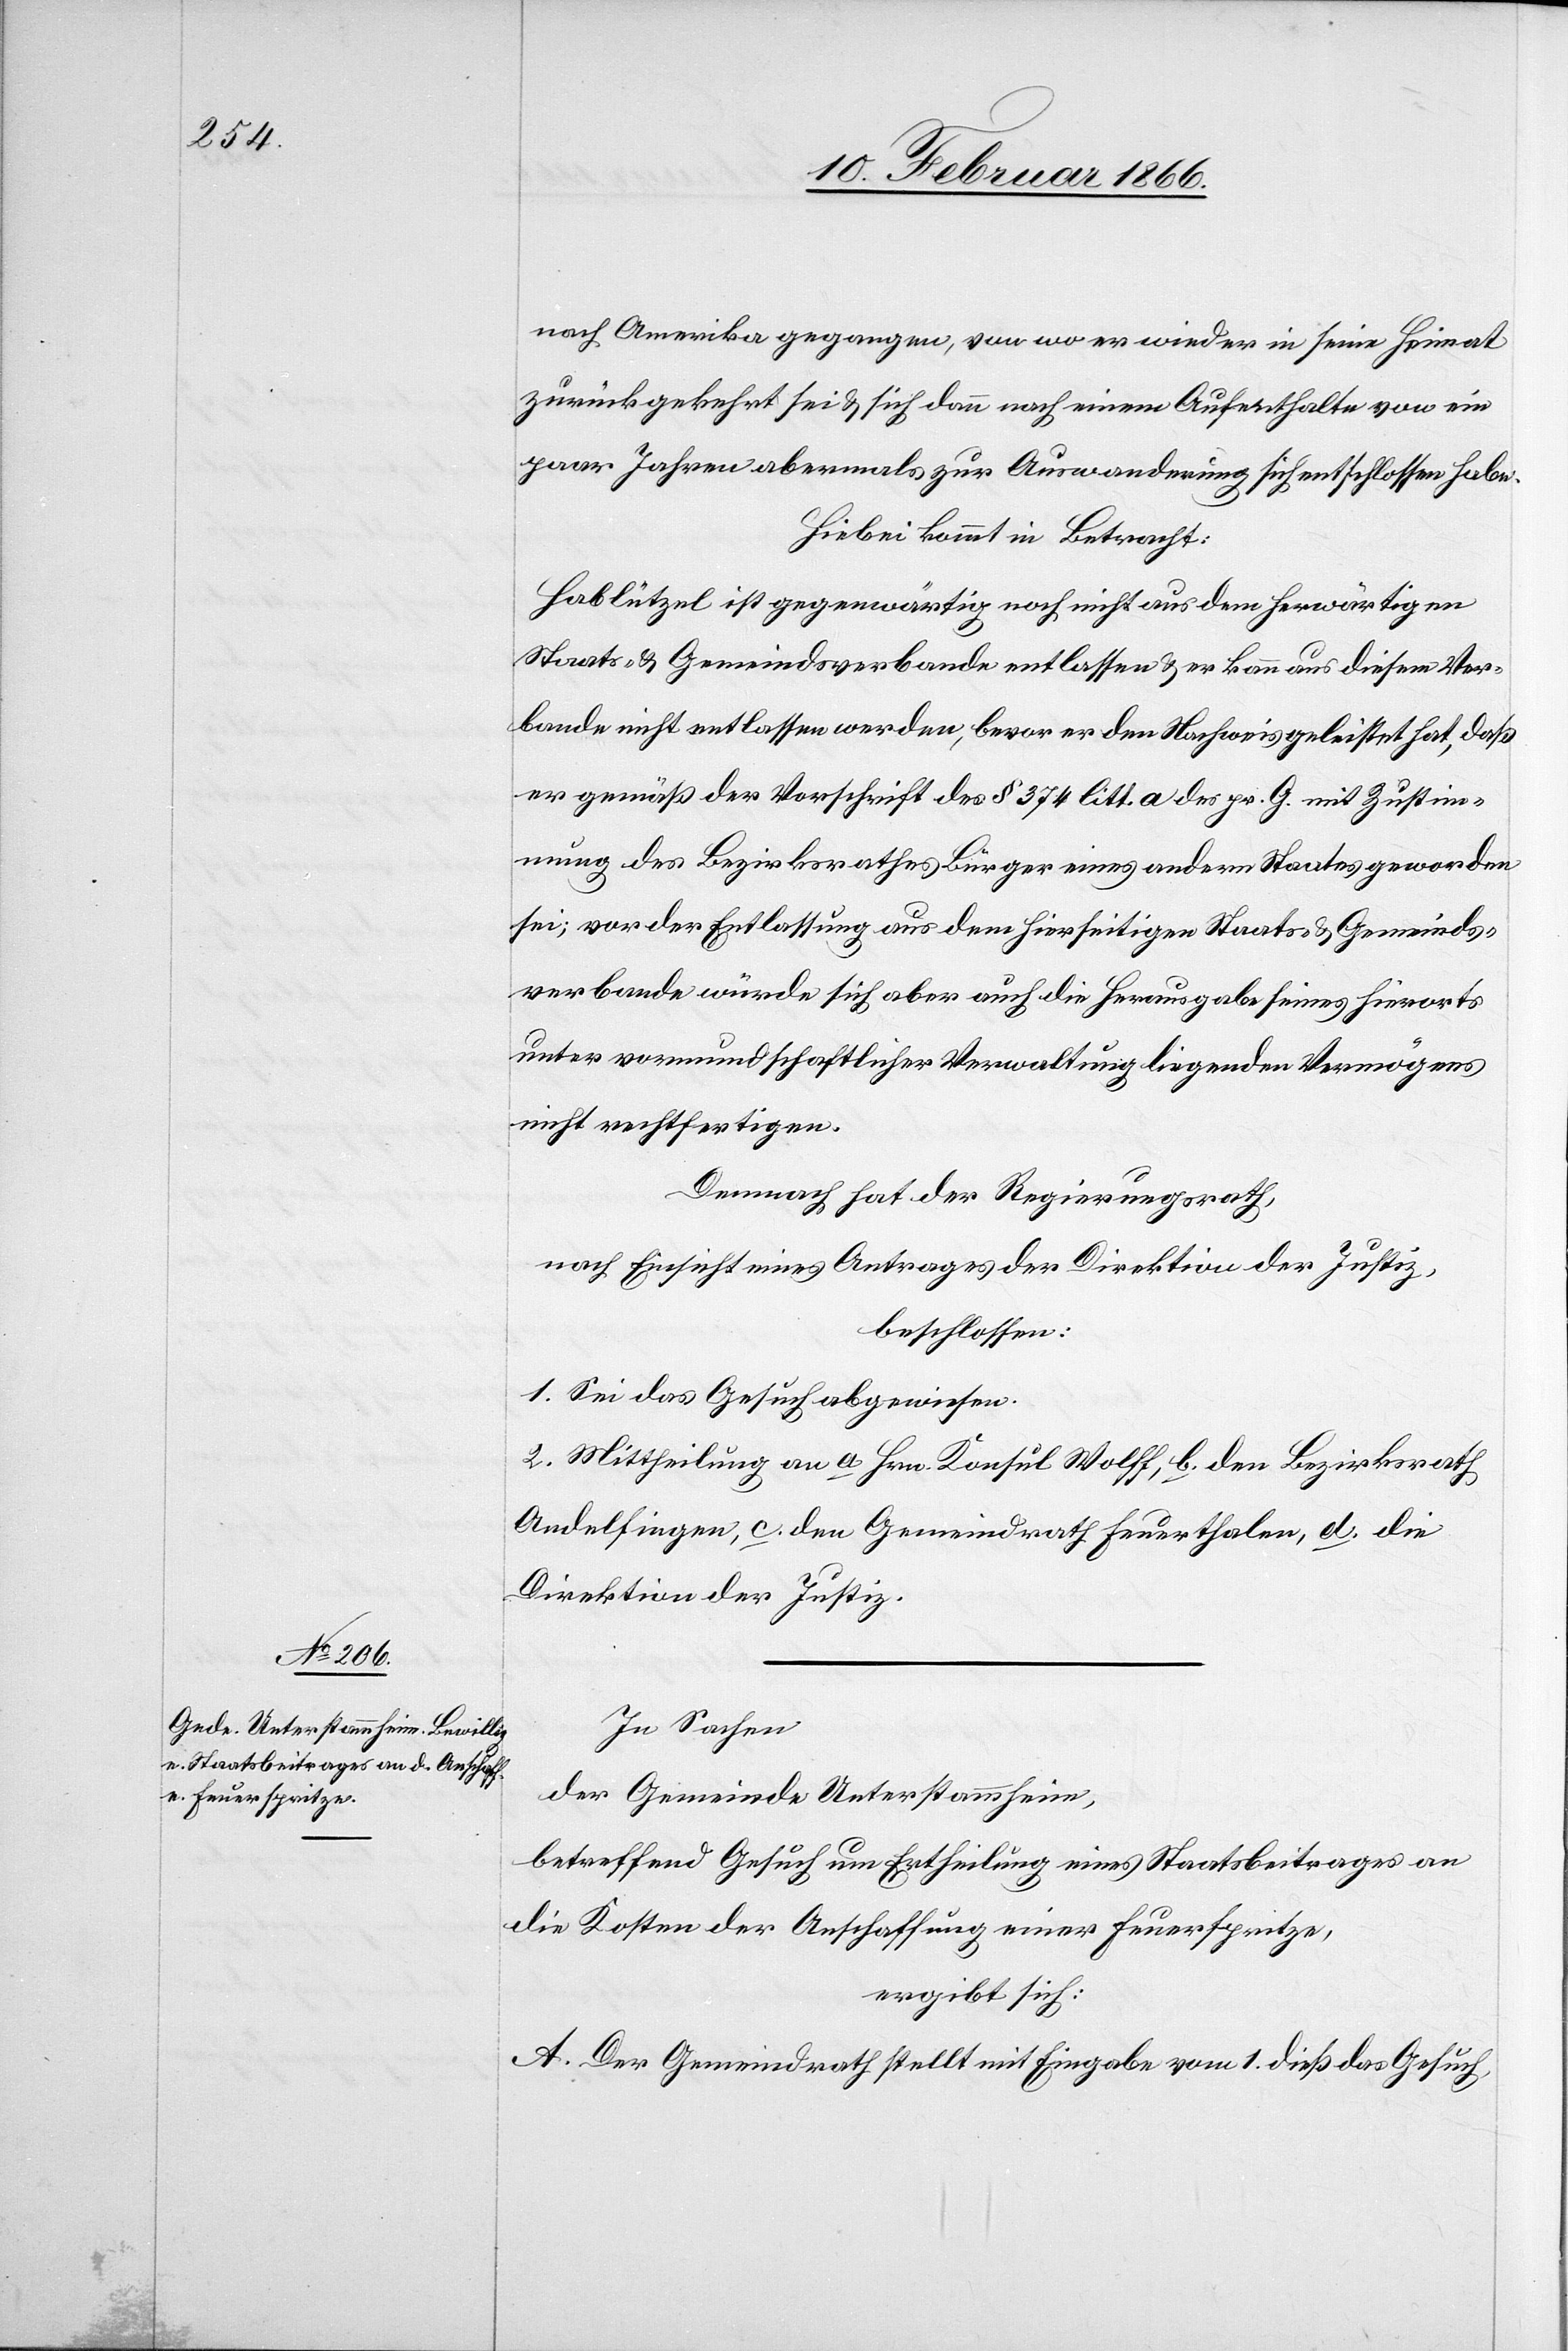
nach Amerika gegangen, von wo er wieder in seine Heimat
zurückgekehrt sei u. sich dann nach einem Aufenthalte von ein
paar Jahren abermals zur Auswanderung sich [sic!] entschlossen habe.
Hiebei kommt in Betracht:
Hablützel ist gegenwärtig noch nicht aus dem herwärtigen
Staats- u. Gemeindsverbande entlassen u. er kann aus diesem Ver¬
bande nicht entlassen werden, bevor er den Nachweis geleistet hat, daß
er gemäß der Vorschrift des § 374 litt. a des pr. G. mit Zustim¬
mung des Bezirksrathes Bürger eines andern Staates geworden
sei; vor der Entlassung aus dem hierseitigen Staats- u. Gemeinds¬
verbande würde sich aber auch die Herausgabe seines hierorts
unter vormundschaftlicher Verwaltung liegenden Vermögens
nicht rechtfertigen.
Demnach hat der Regierungsrath,
nach Einsicht eines Antrages der Direktion der Justiz,
beschlossen:
1. Sei das Gesuch abgewiesen.
2. Mittheilung an a. Hrn. Konsul Wolff, b. den Bezirksrath
Andelfingen, c. den Gemeindrath Feuerthalen, d. die
Direktion der Justiz.
In Sachen
der Gemeinde Unterstammheim,
betreffend Gesuch um Ertheilung eines Staatsbeitrages an
die Kosten der Anschaffung einer Feuerspritze,
ergibt sich:
A. Der Gemeindrath stellt mit Eingabe vom 1. dieß das Gesuch